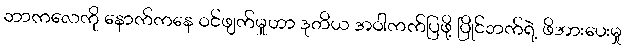
ဘာကလေကို နောက်ကနေ ဝင်ဖျက်မှုဟာ ဒုတိယ အဝါကက်ပြဖို့ ပြိုင်ဘက်ရဲ့ ဖိအားပေးမှု